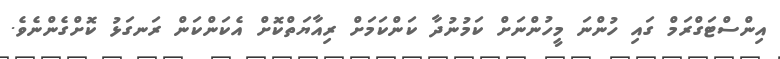
އިންސްޓަގްރަމް ގައި ހުންނަ މީހުންނަށް ކަމުނުދާ ކަންކަމަށް ރިއާޔަތްކޮށް އެކަންކަން ރަނގަޅު ކޮށްގެންނެވެ.